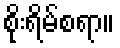
စိုးရိမ်စရာ။